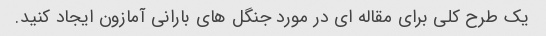
یک طرح کلی برای مقاله ای در مورد جنگل های بارانی آمازون ایجاد کنید.